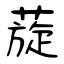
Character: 蔙